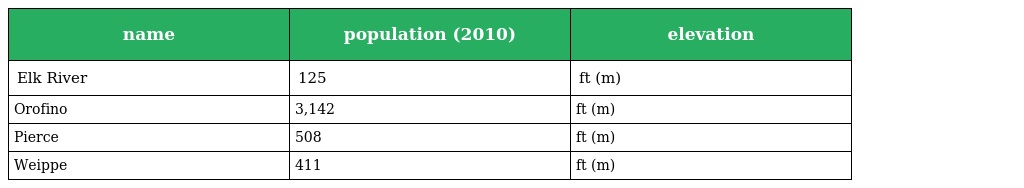
| name | population (2010) | elevation |
 | --- | --- | --- |
 | Elk River | 125 | ft (m) |
 | Orofino | 3,142 | ft (m) |
 | Pierce | 508 | ft (m) |
 | Weippe | 411 | ft (m) |